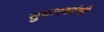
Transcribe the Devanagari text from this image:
सुधारकांची